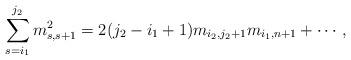
LaTeX: \begin{align*}\sum_{s=i_{1}}^{j_{2}}m^{2}_{s,s+1}=2(j_{2}-i_{1}+1)m_{i_{2},j_{2}+1}m_{i_{1},n+1}+\cdots, \end{align*}